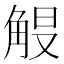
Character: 𮗭